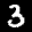
Label: 3